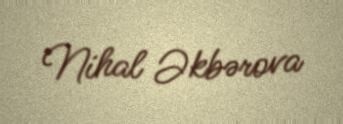
Nihal Əkbərova